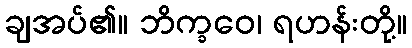
ချအပ်၏။ ဘိက္ခဝေ၊ ရဟန်းတို့။